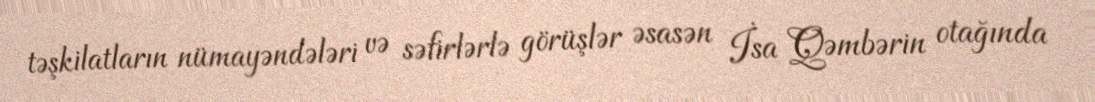
təşkilatların nümayəndələri və səfirlərlə görüşlər əsasən İsa Qəmbərin otağında